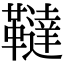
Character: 韃